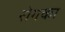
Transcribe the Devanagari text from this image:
रोगका